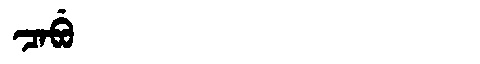
Manchu: ᠴᠠᠪᡠ
Romanization: CABU